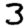
Digit: 3